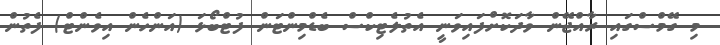
މި ގޭމްސްގައި ރާއްޖޭން ވާދަކޮށްފައިވަނީ އެތުލެޓިކްސް ބެޑްމިންޓަން ފުޓްބޯޅަ (އަންހެން އިވެންޓް) ފެތުން